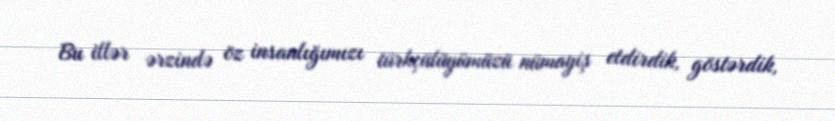
Bu illər ərzində öz insanlığımızı türkçülüyümüzü nümayiş etdirdik, göstərdik,